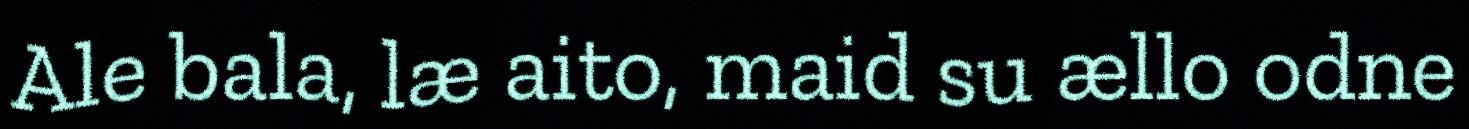
Ale bala, læ aito, maid su ællo odne